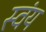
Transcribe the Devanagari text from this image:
स्‍वंय